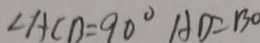
\angle A C D = 9 0 ^ { \circ } A D = B O